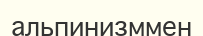
альпинизммен